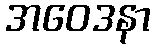
အဝေဒနာ